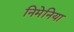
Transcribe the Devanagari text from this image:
निमेनिया